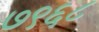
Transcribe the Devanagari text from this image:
७९६८